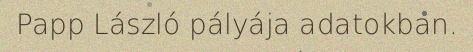
Papp László pályája adatokban.